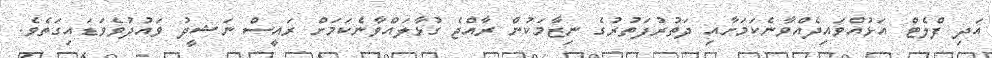
އަދި ފްލެޓް އަޅުއްވައިދެއްވާނެކަމަށާއި ދަތުރުފަތުރުގެ ނިޒާމަކުން ރާއްޖެ ގުޅާލައްވާނެކަމަށް ރައީސް ނަޝީދު ވައުދުވެވަޑައިގަތެވެ.